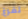
نفرغ